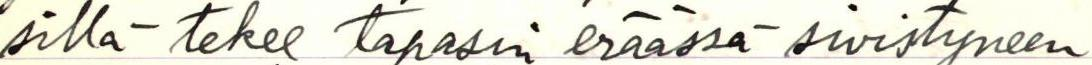
sillä tekee tapasin eräässä sivistyneen